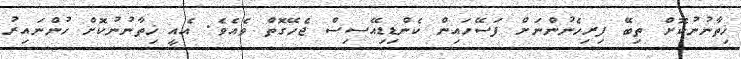
ޚިތާނުނުކޮށް ތިބޭ ފިރިހެނުންނަށް ފަސޭހައިން ކެންޑިޑިއޭސިސް ޖެހޭގޮތް ވެއެވެ. އެއީ ޚިތާނުނުކޮށް ހުންނައިރު